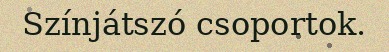
Színjátszó csoportok.